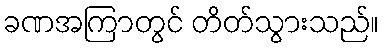
ခဏအကြာတွင် တိတ်သွားသည်။